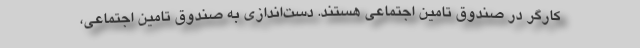
کارگر در صندوق تامین اجتماعی هستند. دست‌اندازی به صندوق تامین اجتماعی،